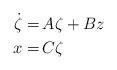
LaTeX: \begin{align*}\begin{aligned}\dot{\zeta} = &\, A \zeta + B z\\x =&\, C\zeta\end{aligned}\end{align*}